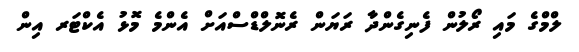
ލްމްގެ މައި ރޯލުން ފެނިގެންދާ ރަަޔަން ރެނޮލްޑްސްއަށް އެންމެ މޮޅު އެކްޓަރ އިން